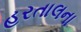
હરતાલના